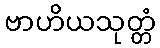
ဗာဟိယသုတ္တံ